Medical and sanitary report of the native army of Bengal for the year
Year: 1877
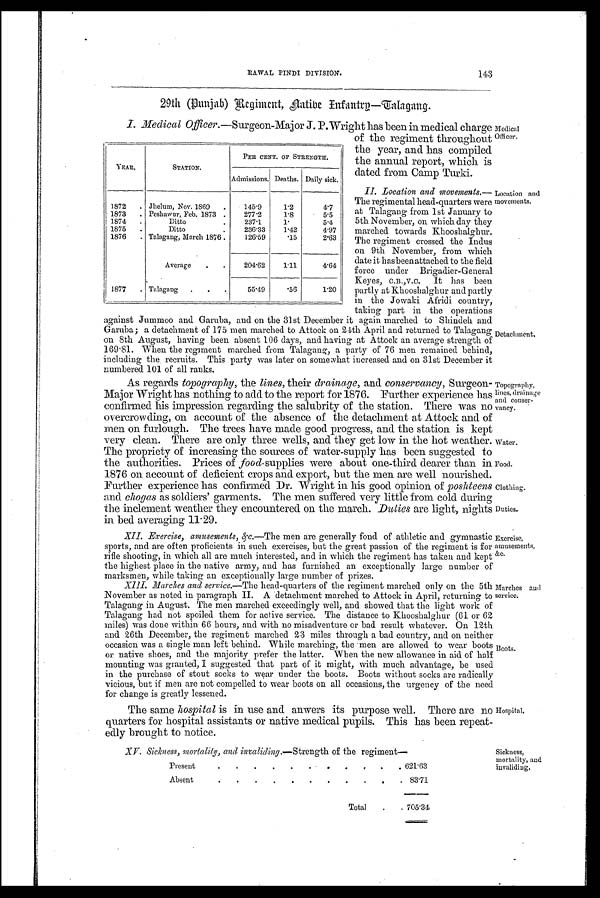
Medical
Officer.
Location and
movements.
Detachment.
Topography,
lines, drainage
and conser-
vancy.
'Water.
Food.
Clothing.
Duties.
Exercise,
amusements,
&c.
Marches and
service.
Boots.
Hospital.
RAWAL PINDI DIVISION.
143
29th (Punjab) Reginment, Native Infantry—Talagang.
I. Medical Officer.—Surgeon-Major J. P. Wright has been in medical charge
of the regiment throughout
the year, and has compiled
the annual report, which is
dated from Camp Turki.
II. Location and movements.
The regimental head-quarters were
at Talagang from 1st January to
5th November, on which day they
marched towards Khooshalghur.
The regiment crossed the Indus
on 9th November, from which
date it has been attached to the field
force under Brigadier-General
Keyes, C.B.,V.C. It has been
partly at Khooshalghur and partly
in the Jowaki Afridi country,
taking part in the operations
against Jummoo and Garuba, and on the 31st December it again marched to Shindeh and
Garuba; a detachment of 175 men marched to Attock on 24th April and returned to Talagang
on 8th August, having been absent 106 days, and having at Attock an average strength of
169.81. When the regiment marched from Talagang, a party of 76 men remained behind,
including the recruits. This party was later on somewhat increased and on 31st December it
numbered 101 of all ranks.
As regards topography, the lines, their drainage, and conservancy, Surgeon-
Major Wright has nothing to add to the report for 1876. Further experience has
confirmed his impression regarding the salubrity of the station, There was no
overcrowding, on account of the absence of the detachment at Attock and of
men on furlough. The trees have made good progress, and the station is kept
very clean. There are only three wells, and they get low in the hot weather.
The propriety of increasing the sources of water-supply has been suggested to
the authorities. Prices of food- supplies were about one-third dearer than in
1876 on account of deficient crops and export, but the men are well nourished.
Further experience has confirmed Dr. Wright in his good opinion of poshteens
and chogas as soldiers' garments. The men suffered very little from cold during
the inclement weather they encountered on the march. Duties are light, nights
in bed averaging 11.29.
Exercise, amusements, &c.—The men are generally fond of athletic and gymnastic
sports, and are often proficients in such exercises, but the great passion of the regiment is for
rifle shooting, in which all are much interested, and in which the regiment has taken and kept
the highest place in the native army, and has furnished an exceptionally large number of
marksmen, while taking an exceptionally large number of prizes.
Marches and service.— The head-quarters of the regiment marched only on the 5th
November as noted in paragraph II. A detachment marched to Attock in April, returning to
Talagang in August. The men marched exceedingly well, and showed that the light work of
Talagang had not spoiled them for active service. The distance to Khooshalghur (61 or 62
miles) was done within 66 hours, and with no misadventure or bad result whatever. On 12th
and 26th December, the regiment marched 23 miles through a bad country, and on neither
occasion was a single man left behind. While marching, the men are allowed to wear boots
or native shoes, and the majority prefer the latter. When the new allowance in aid of half
mounting was granted, I suggested that part of it might, with much advantage, be used
in the purchase of stout socks to wear under the boots. Boots without socks are radically
vicious, but if men are not compelled to wear boots on all occasions, the urgency of the need
for change is greatly lessened.
The same hospital is in use and anwers its purpose well. There are no
quarters for hospital assistants or native medical pupils. This has been repeat-
edly brought to notice.
XV. Sickness, mortality, and invaliding.— Strength of the regiment—
Present
.
.
.
.
.
.
.
.
.
.
621.63
Absent
.
.
.
.
. .
.
.
.
.
83.71
Total
.
705.34
YEAR.
STATION.
PER CENT. OF STRENGTH.
Admissions. Deaths. Daily sick.
1872
. Jhelum, Nov. 1869
.
145.9
1.2
4.7
1873
. Peshawur, Feb. 1873 .
277.2
1.8
5.5
1874
Ditto
.
237.1
1.
5.4
1875
.
Ditto
.
236.33
1.42
4.97
1876
. Talagang, March 1876.
126.59
.15
2.63
Average
.
.
204.62
1.11
4.64
1877
. Talagang
.
.
55.49
.56
1.20
Sickness,
mortality, and
invaliding.